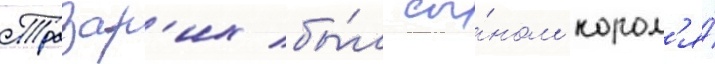
Тразар'их бы́л сы́ном корол'я́